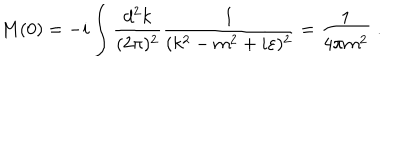
LaTeX: M ( 0 ) = - i \int \frac { d ^ { 2 } k } { ( 2 \pi ) ^ { 2 } } \frac { 1 } { ( k ^ { 2 } - m ^ { 2 } + i \varepsilon ) ^ { 2 } } = \frac { 1 } { 4 \pi m ^ { 2 } } \; .